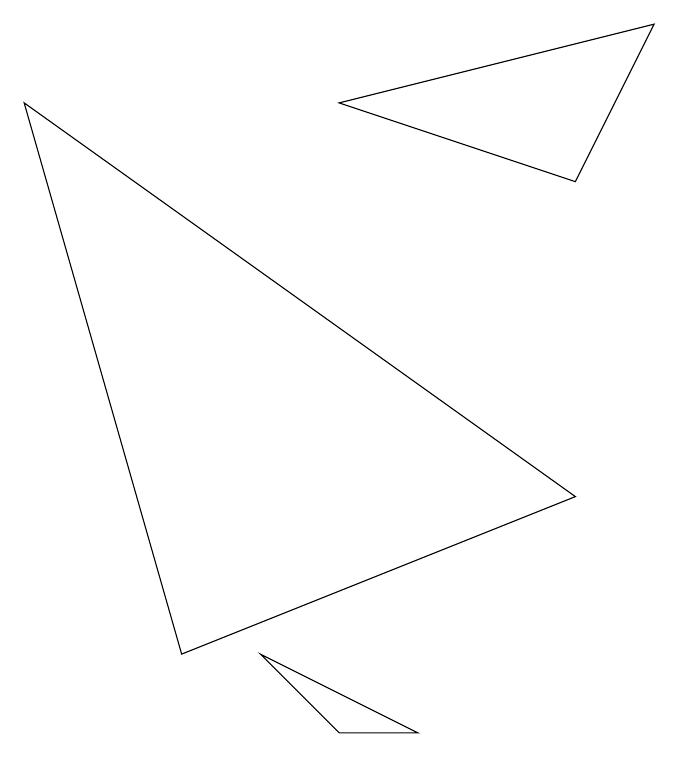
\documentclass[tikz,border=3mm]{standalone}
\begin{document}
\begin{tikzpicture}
\draw (5,0) -- (3,1) -- (4,0) -- cycle;
\draw (4,8) -- (8,9) -- (7,7) -- cycle;
\draw (7,3) -- (0,8) -- (2,1) -- cycle;
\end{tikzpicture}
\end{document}